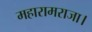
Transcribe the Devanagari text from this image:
महारामराजा।